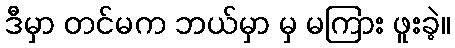
ဒီမှာ တင်မက ဘယ်မှာ မှ မကြား ဖူးခဲ့။